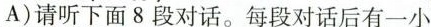
A)请听下面8段对话.每段对话后有一小